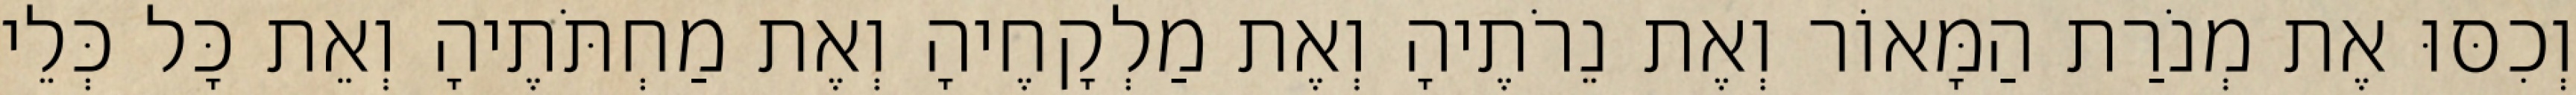
וְכִסּוּ אֶת מְנֹרַת הַמָּאוֹר וְאֶת נֵרֹתֶיהָ וְאֶת מַלְקָחֶיהָ וְאֶת מַחְתֹּתֶיהָ וְאֵת כָּל כְּלֵי